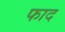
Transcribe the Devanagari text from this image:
फाद